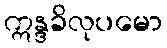
ဣန္ဒခိလုပမော